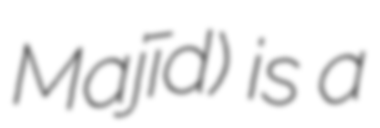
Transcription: Majīd) is a